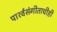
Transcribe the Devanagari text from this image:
पार्श्‍वसंगीताचीही